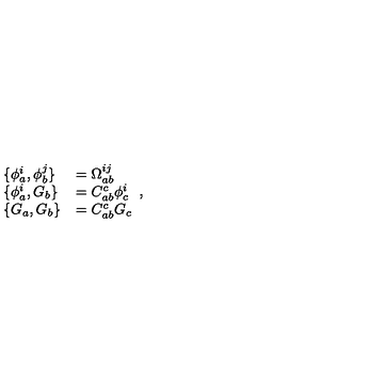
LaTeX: \begin{array} { l l } { \{ \phi _ { a } ^ { i } , \phi _ { b } ^ { j } \} } & { = \Omega _ { a b } ^ { i j } } \\ { \{ \phi _ { a } ^ { i } , G _ { b } \} } & { = C _ { a b } ^ { c } \phi _ { c } ^ { i } } \\ { \{ G _ { a } , G _ { b } \} } & { = C _ { a b } ^ { c } G _ { c } } \\ \end{array} ,